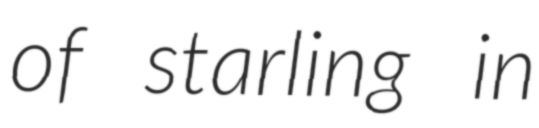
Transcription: of starling in